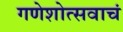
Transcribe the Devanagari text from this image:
गणेशोत्सवाचं